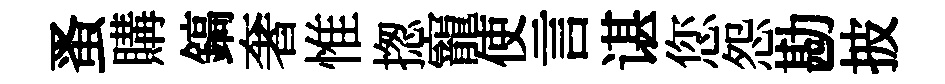
蚤購鎬奢惟揔寵使言谌您怨勘披